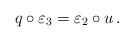
LaTeX: \begin{align*}q\circ\varepsilon_3=\varepsilon_2\circ u\,.\end{align*}